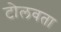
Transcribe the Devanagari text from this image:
टोलवता